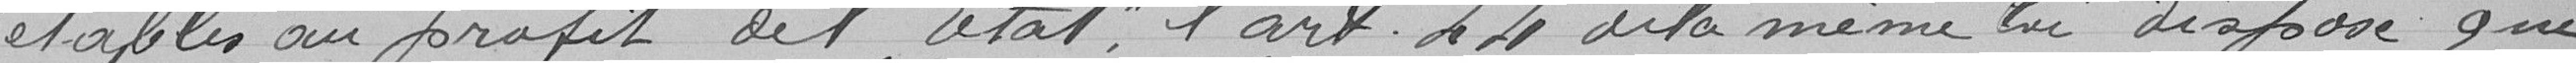
établis au profit de l'Etat, l'article 4  de la même loi dispose qui